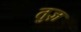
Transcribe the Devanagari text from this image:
तुज़